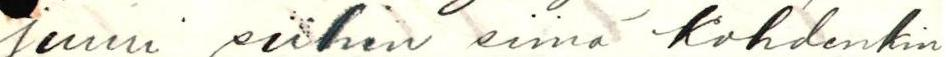
juuri siihen siinä kohdenkin